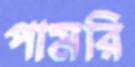
পামরি